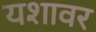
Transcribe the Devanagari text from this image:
यशावर